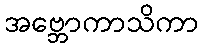
အဗ္ဘောကာသိကာ